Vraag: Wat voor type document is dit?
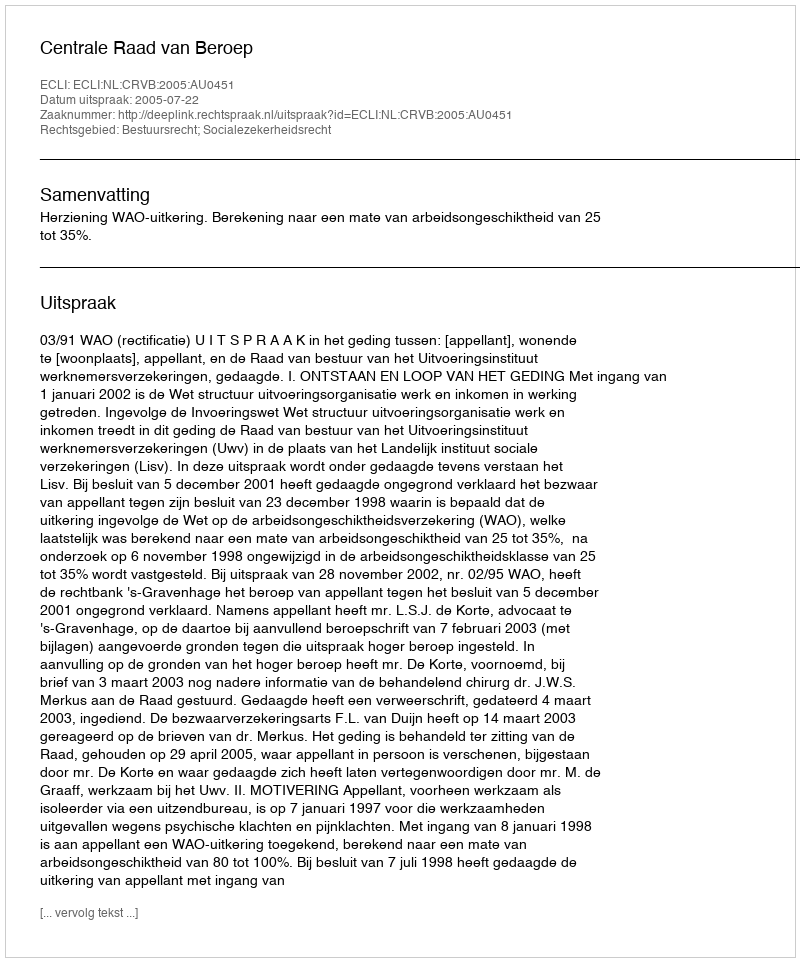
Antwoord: Uitspraak